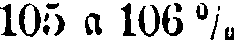
105 a 106 %